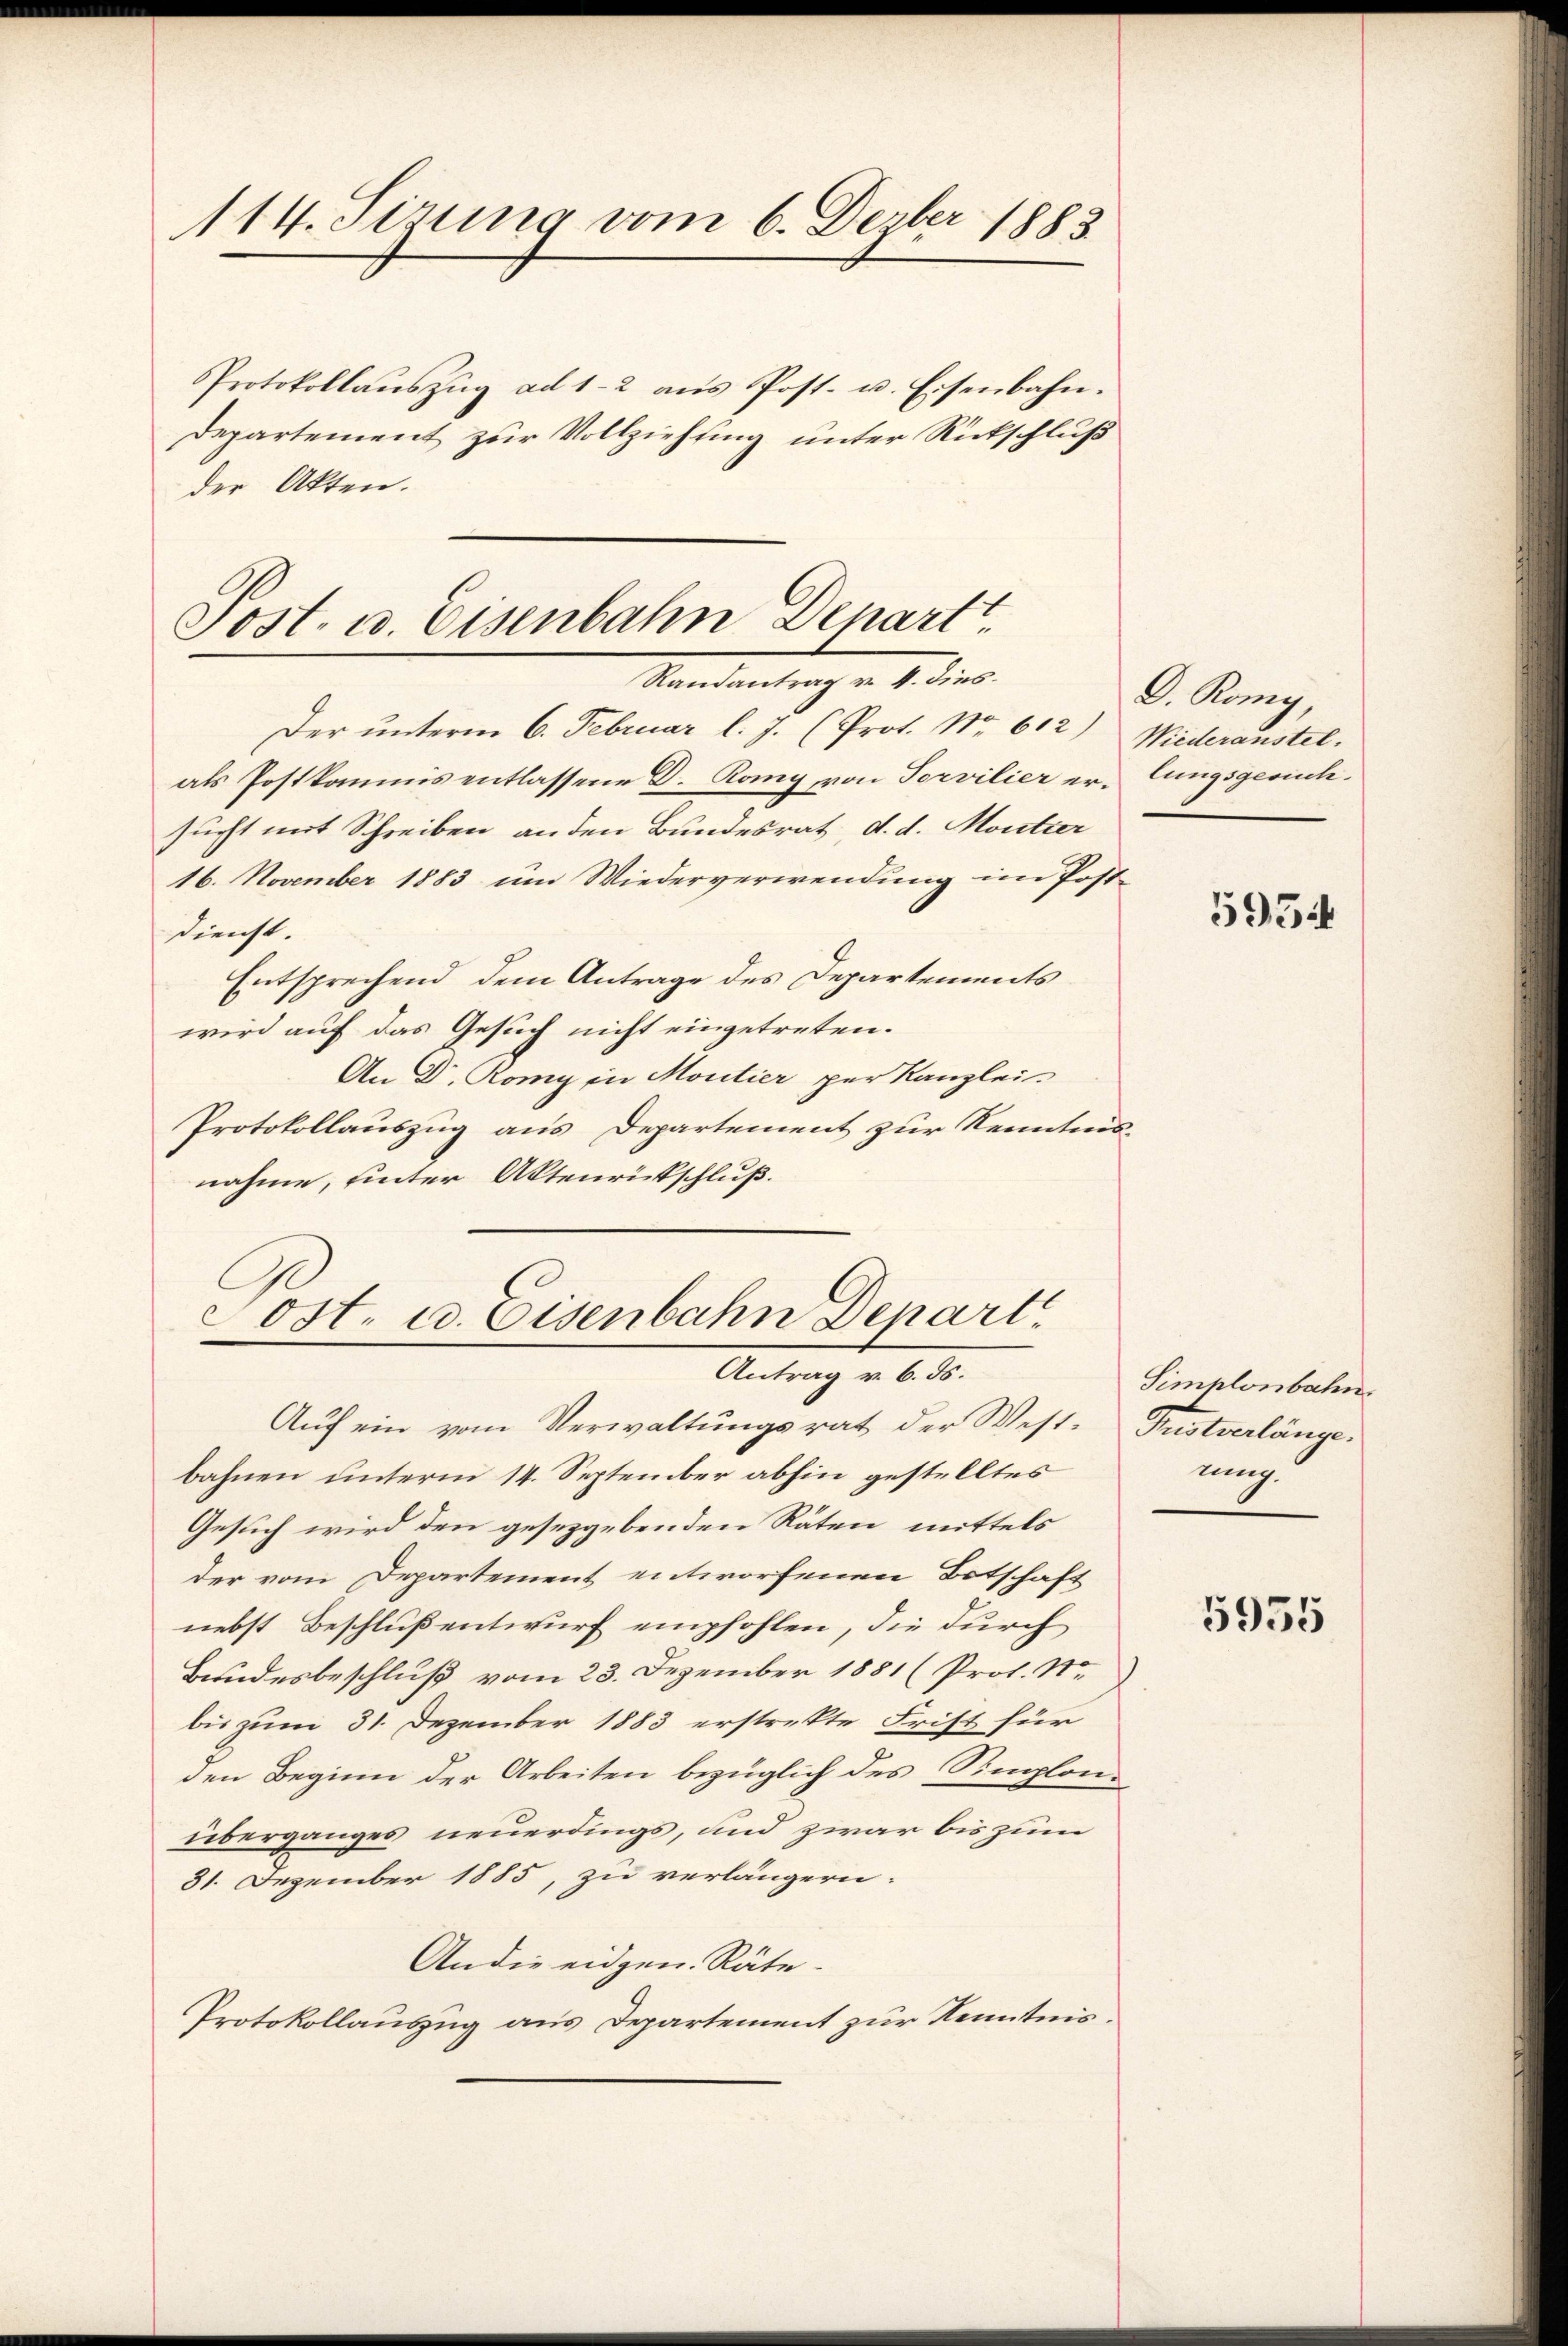
114. Sirung vom 6. Dezber 1883

Protokollaŭszŭg ad 1-2 aŭs Post- u. Eisenbahn.
Departement zur Vollziehung unter Rückschluß
der Akten.

Sost. u. Eisenbahn Depart
Randantrag v. 4. dies

Sost. u. Eisenbahn Depart
Antrag v. 6. ds.

Der unterm 6. Februar l. J. (Prot. No. 612) Wiederaustel
als Postkamnis entlassene D. Romy, von Servilier er- lungsgesuchsucht mit Schreiben an den Bundesrat d. d. Moutier
16. November 1883 um Wiederverwendung im Post-
dienst.
Entsprechend dem Antrage des Departements
wird auf das Gesuch nicht eingetreten.
An Dr. Romy in Moutier per Kanzlei-
Protokollauszug aus Departement zur Kenntnis-
nahme, hinter Aktenrückschluß.

Aŭf ein vom Verwaltŭngsrat der West- Pustverlänge
bahnen unterm 14. September abhin gestelltes
Gesuch wird den gesezgebenden Räten, mittels
der vom Departement entworfenen Botschaft
nebst Beschluß entwurf empfohlen, die durch
Bundesbeschluß vom 23. Dezember 1881 (Prot. Ne
bis zum 31. Dezember 1883 erstrekte Frist für
den Beginn der Arbeiten bezüglich des Simplonüberganges neuerdings, und zwar bis zum
31. Dezember 1885, zu verlängern.
Andie eidgen. Räte.
Protokollauszug aus Departement zur Kenntnis.

D. König,

5954

Simplonbahn
nng.

5955